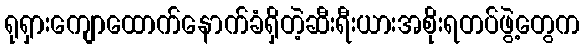
ရုရှားကျောထောက်နောက်ခံရှိတဲ့ဆီးရီးယားအစိုးရတပ်ဖွဲ့တွေက